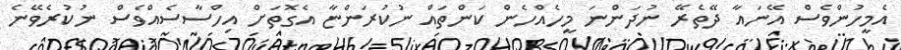
އެމީހުންވެސް އޭނައާ ދޭތެރޭ ނުދަންނަ މީހެއްހެން ކަންތައް ނުކުރަންޏާ އެގޮތަށް އިހްސާސެއްވެސް ނުކުރެވޭނެ